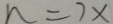
n = 7 x